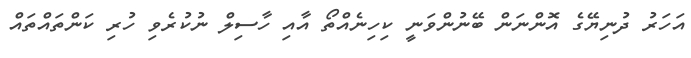
އަހަރު ދުނިޔޭގެ އޮންނަން ބޭނުންވަނީ ކިހިނެއްތޯ އާއި ހާސިލް ނުކުރެވި ހުރި ކަންތައްތައް